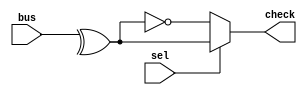
module odd_sel(
input [31:0] bus,
input sel,
output check
);
//*************code***********//

reg check;
reg ans;

always @ (*) begin
  ans <= ^bus;
  if (sel == 1) begin
    check <= ans;
  end
  else begin
    check <= ~ans;
  end
end

//*************code***********//
endmodule